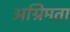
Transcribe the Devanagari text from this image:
अग्रिमता